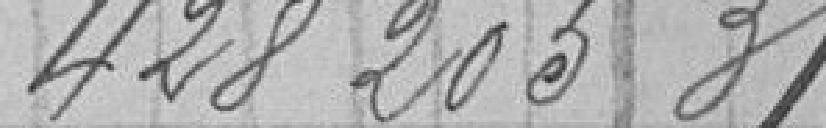
428205,31